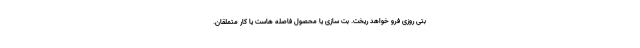
بتی روزی فرو خواهد ریخت. بت سازی یا محصول فاصله هاست یا کار متملقان.